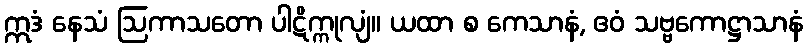
ဣဒံ နေသံ ဩကာသတော ပါဋိက္ကုလျံ။ ယထာ စ ကေသာနံ, ဧဝံ သဗ္ဗကောဋ္ဌာသာနံ